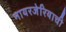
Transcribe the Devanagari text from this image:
नायरजेरियाची